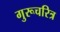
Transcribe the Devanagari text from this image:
गुरूचरित्र